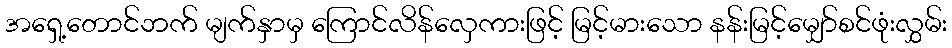
အရှေ့တောင်ဘက် မျက်နှာမှ ကြောင်လိန်လှေကားဖြင့် မြင့်မားသော နန်းမြင့်မျှော်စင်ဖုံးလွှမ်း